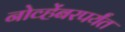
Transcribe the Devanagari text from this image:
नोव्हेंबरपर्यंत